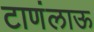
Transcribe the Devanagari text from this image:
टाणंलाऊ